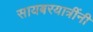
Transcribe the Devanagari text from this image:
सायबरयात्रींनी